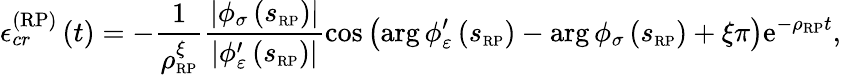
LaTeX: \mathcal{\epsilon}_{cr}^{\left(\mathrm{RP}\right)}\left(t\right)=-\frac{1}{\rho_{\scriptscriptstyle{\mathrm{RP}}}^{\xi}}\frac{\left\vert\phi_{\sigma}\left(s_{\scriptscriptstyle{\mathrm{RP}}}\right)\right\vert}{\left\vert\phi_{\varepsilon}^{\prime}\left(s_{\scriptscriptstyle{\mathrm{RP}}}\right)\right\vert}\cos\left(\arg\phi_{\varepsilon}^{\prime}\left(s_{\scriptscriptstyle{\mathrm{RP}}}\right)-\arg\phi_{\sigma}\left(s_{\scriptscriptstyle{\mathrm{RP}}}\right)+\xi\pi\right)\mathrm{e}^{-\rho_{\scriptscriptstyle{\mathrm{RP}}}t},